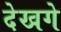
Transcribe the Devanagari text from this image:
देखगे